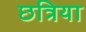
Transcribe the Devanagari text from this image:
छत्रिया